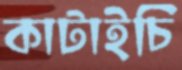
কাটাইচি